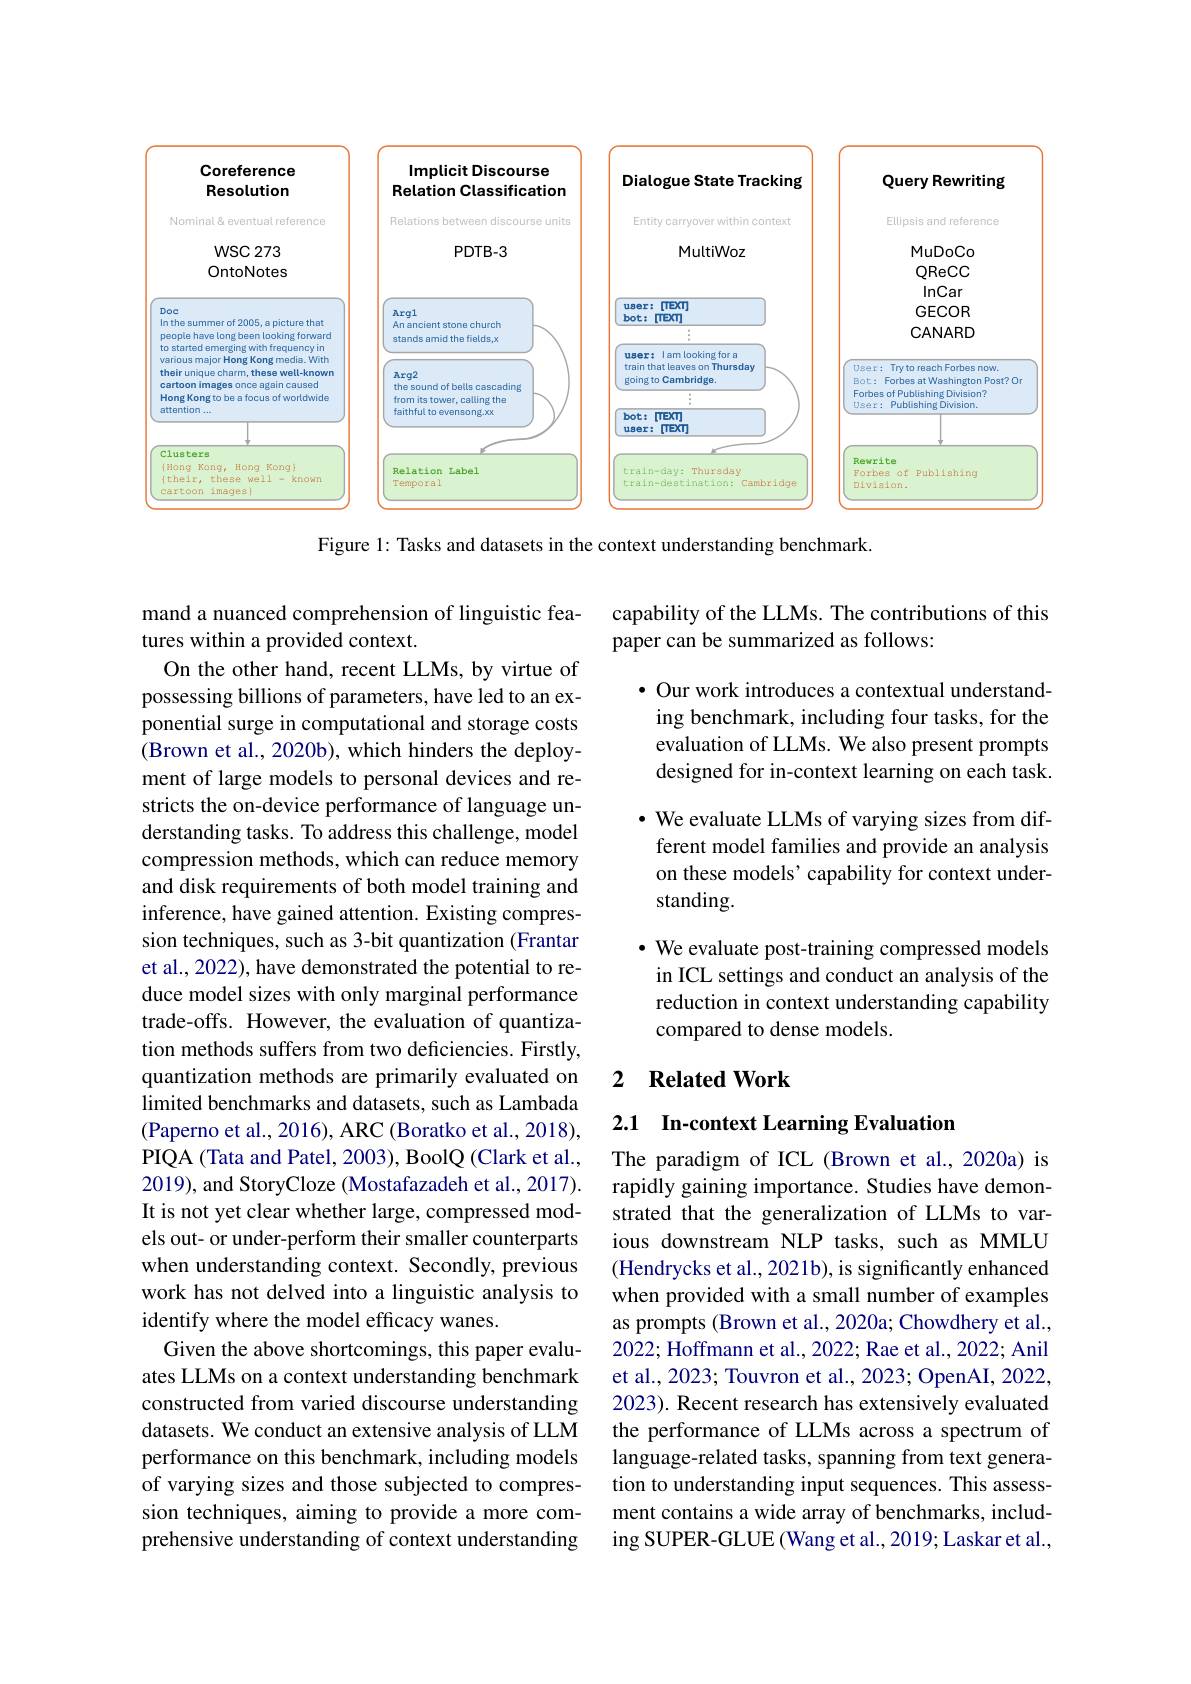
<FigureHere>

Figure 1: Tasks and datasets in the context understanding benchmark.

capability of the LLMs. The contributions of this
paper can be summarized as follows:

$\bullet$ Our work introduces a contextual understanding benchmark, including four tasks, for the evaluation of LLMs. We also present prompts designed for in-context learning on each task. $•$ We evaluate LLMs of varying sizes from different model families and provide an analysis on these models’capability for context understanding.
· We evaluate post-training compressed models
in ICL settings and conduct an analysis of the reduction in context understanding capability

compared to dense models.

### 2 $\textbf{Related Work}$

mand a nuanced comprehension of linguistic fea-
tures within a provided context.
On the other hand, recent LLMs, by virtue of possessing billions of parameters, have led to an exponential surge in computational and storage costs (Brown et al., 2020b), which hinders the deployment of large models to personal devices and restricts the on-device performance of language understanding tasks. To address this challenge, model compression methods, which can reduce memory and disk requirements of both model training and inference, have gained attention. Existing compression techniques, such as 3-bit quantization (Frantar et al., 2022), have demonstrated the potential to reduce model sizes with only marginal performance trade-offs. However, the evaluation of quantization methods suffers from two deficiencies. Firstly, quantization methods are primarily evaluated on limited benchmarks and datasets, such as Lambada (Paperno et al., 2016), ARC (Boratko et al., 2018), PIQA (Tata and Patel, 2003), BoolQ (Clark et al., 2019), and StoryCloze (Mostafazadeh et al., 2017). It is not yet clear whether large, compressed models out- or under-perform their smaller counterparts when understanding context. Secondly, previous work has not delved into a linguistic analysis to identify where the model efficacy wanes.
Given the above shortcomings, this paper evaluates LLMs on a context understanding benchmark constructed from varied discourse understanding datasets. We conduct an extensive analysis of LLM performance on this benchmark, including models of varying sizes and those subjected to compression techniques, aiming to provide a more comprehensive understanding of context understanding

2.1 In-context Learning Evaluation

The paradigm of ICL (Brown et al.,2020a) is rapidly gaining importance. Studies have demonstrated that the generalization of LLMs to various downstream NLP tasks, such as MMLU (Hendrycks et al., 2021b), is significantly enhanced when provided with a small number of examples as prompts (Brown et al., 2020a; Chowdhery et al., 2022; Hoffmann et al., 2022; Rae et al., 2022; Anil et al., 2023; Touvron et al., 2023; OpenAI, 2022, 2023). Recent research has extensively evaluated the performance of LLMs across a spectrum of language-related tasks, spanning from text generation to understanding input sequences. This assessment contains a wide array of benchmarks, including SUPER-GLUE (Wang et al., 2019; Laskar et al.,